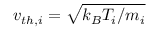
v _ { t h , i } = \sqrt { k _ { B } T _ { i } / m _ { i } }